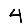
Digit: 4